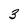
Character: 3